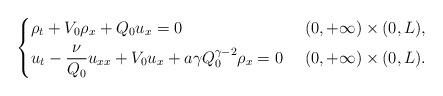
LaTeX: \begin{align*}\begin{dcases}\rho_t + V_0\rho_x + Q_0u_x =0 \ & (0,+\infty)\times (0,L) , \\u_t - \frac{\nu}{Q_0}u_{xx} + V_0 u_x +a\gamma Q_0^{\gamma-2}\rho_x =0 \ & (0,+\infty)\times (0,L) .\end{dcases}\end{align*}